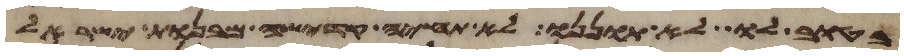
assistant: בטוב לו לא תוננו לא תחיה קדשה מבנות ישראל